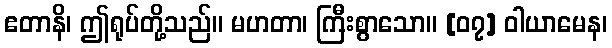
ဧတာနိ၊ ဤရုပ်တို့သည်။ မဟတာ၊ ကြီးစွာသော။ [၀၇] ဝါယာမေန၊